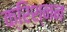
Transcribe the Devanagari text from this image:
क्रिश्नन